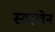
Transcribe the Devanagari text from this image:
स्वालेन